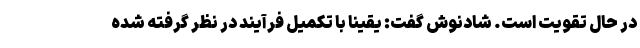
در حال تقویت است. شادنوش گفت: یقینا با تکمیل فرآیند در نظر گرفته شده